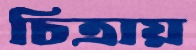
চিত্রায়